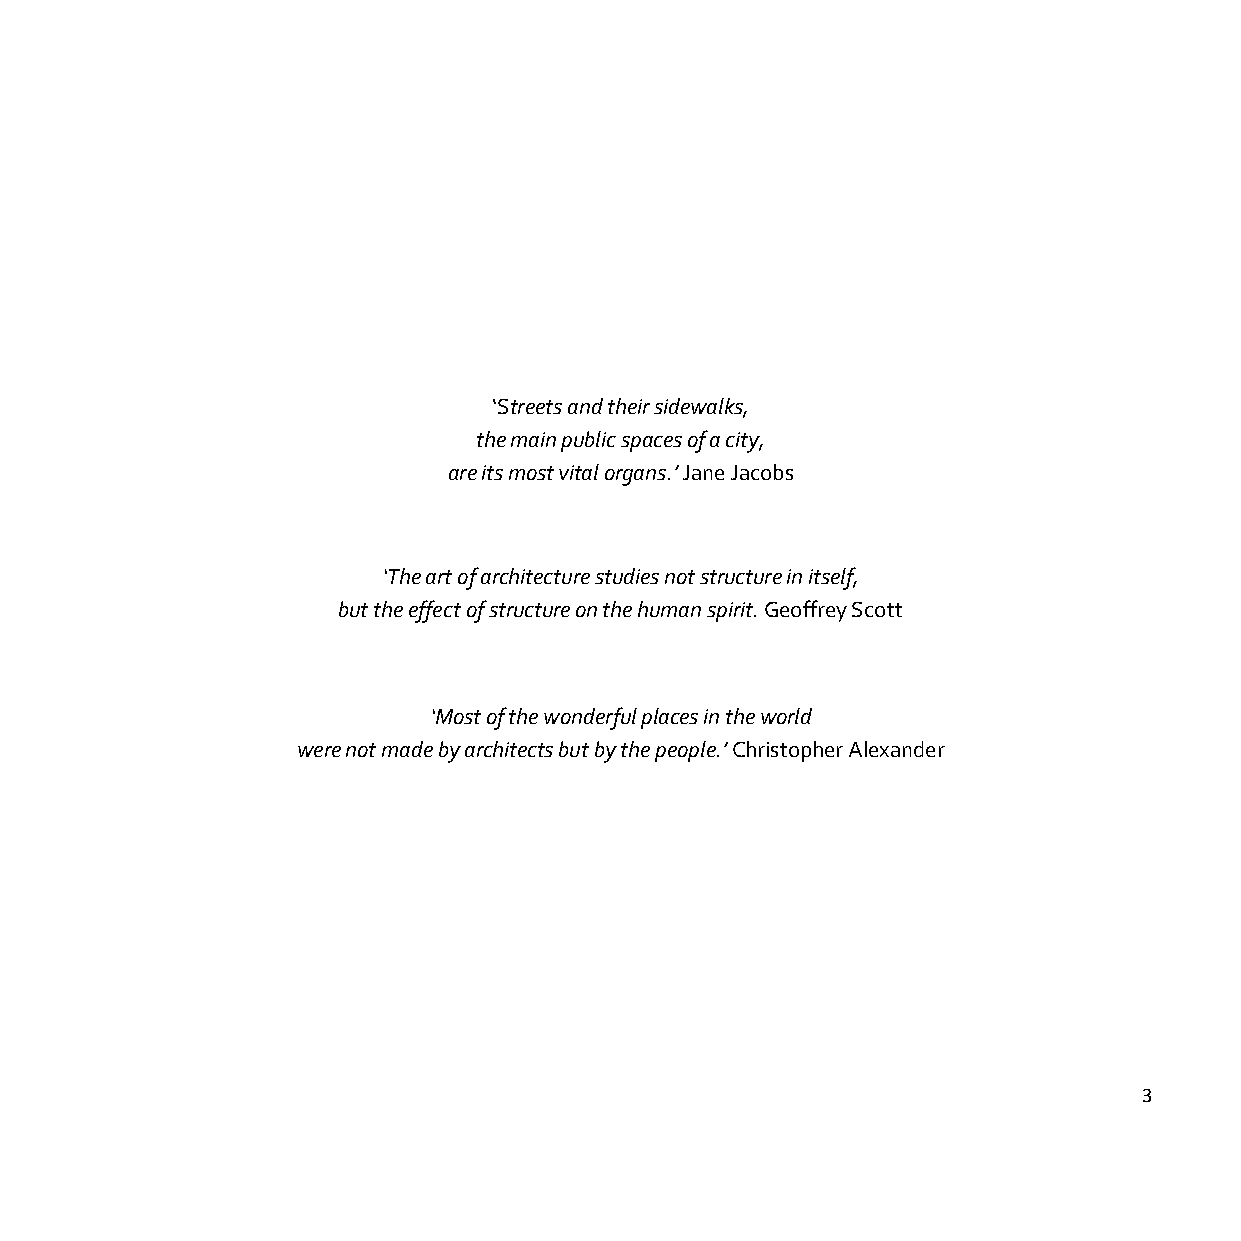
‘Streets and their sidewalks,
 the main public spaces of a city,
 are its most vital organs.’ Jane Jacobs
 ‘The art of architecture studies not structure in itself,
 but the effect of structure on the human spirit. Geoffrey Scott
 ‘Most of the wonderful places in the world
 were not made by architects but by the people.’ Christopher Alexander
 3